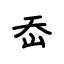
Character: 岙